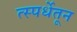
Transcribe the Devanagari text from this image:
त्स्पर्धेतून